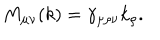
LaTeX: M _ { \mu \nu } ( k ) = \gamma _ { \mu \rho \nu } k _ { \rho } .